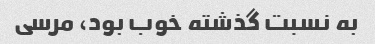
به نسبت گذشته خوب بود، مرسی